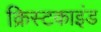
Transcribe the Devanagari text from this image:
क्रिस्टकाइंड